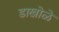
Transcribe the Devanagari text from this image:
डाखोळे